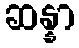
ဆန္နာ